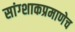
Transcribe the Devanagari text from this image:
सांग्शाकप्रमाणेच